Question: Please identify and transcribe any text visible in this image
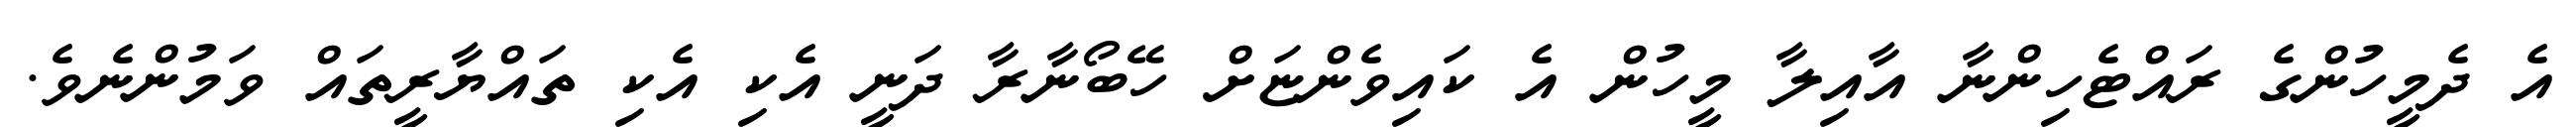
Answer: އެ ދެމީހުންގެ ރައްޓެހިންނާ އާއިލާ މީހުން އެ ކައިވެންޏަށް ހޭބޯނާރާ ދަނީ އެކި އެކި ތައްޔާރީތައް ވަމުންނެވެ.